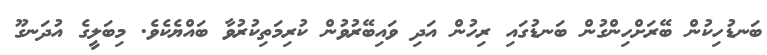
ބަނޑުހިކުން ބޭރަށްހިންގުން ބަނޑުގައި ރިހުން އަދި ވައިބޭރުވުން ކުރިމަތިކުރުވާ ބައްޔެކެވެ. މިބަލީގެ އުދަނގޫ